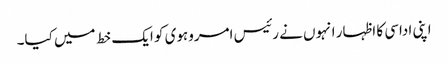
اپنی اداسی کا اظہار انہوں نے رئیس امروہوی کو ایک خط میں کیا۔